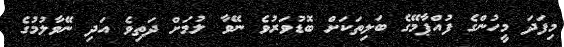
މިފަދަ މީހުންގެ ފުއްޕާމޭގެ ބަލިތަކަށް ބޮޑުވަރުވެ ނޭވާ ލުމަށް ދަތިވެ އަދި ނޭވާލުމުގެ